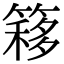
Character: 簃